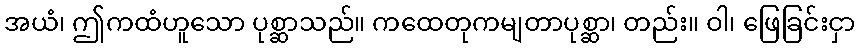
အယံ၊ ဤကထံဟူသော ပုစ္ဆာသည်။ ကထေတုကမျတာပုစ္ဆာ၊ တည်း။ ဝါ၊ ဖြေခြင်းငှာ